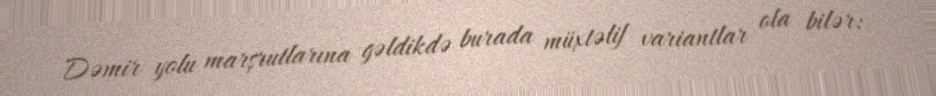
Dəmir yolu marşrutlarına gəldikdə burada müxtəlif variantlar ola bilər: